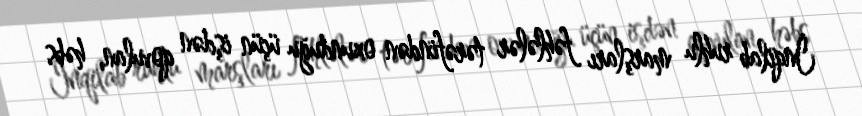
İnqilab ruhlu marşları fəhlələr tərəfindən oxunduğu üçün işdən qovulan, həbs